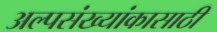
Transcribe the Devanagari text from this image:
अल्पसंख्यांकासाठी